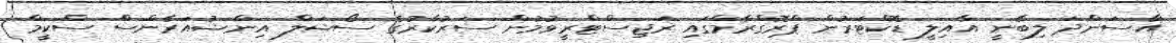
އާސަންދަ ލިބޭނީ އާއިލީ ޑޮކްޓަރުން ޕްރޮގްރާމްގައި ރަޖިސްޓްރީވުމުން ސަރުކާރުގެ ސޯޝަލް އިންޝުއަރެންސް ސްކީމް